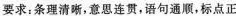
要求：条理清晰，意思连贯，语句通顺，标点正